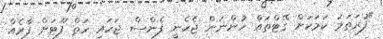
"ފުރަތަމަ ކަމަކަށް ގޭޓްތައް ހުންނަން ޖެހެނީ ފެންސް ޖަހައި ހަތް ފޫޓަށް ފާރެއް